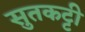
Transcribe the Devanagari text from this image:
सुतकट्टी